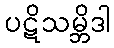
ပဋိသမ္ဘိဒါ